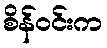
စိန်ဝင်းက